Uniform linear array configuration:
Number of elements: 48
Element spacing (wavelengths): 0.5
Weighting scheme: kaiser
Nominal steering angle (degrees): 0
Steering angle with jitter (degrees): -0.9102
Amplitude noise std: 0.05
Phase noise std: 0.05

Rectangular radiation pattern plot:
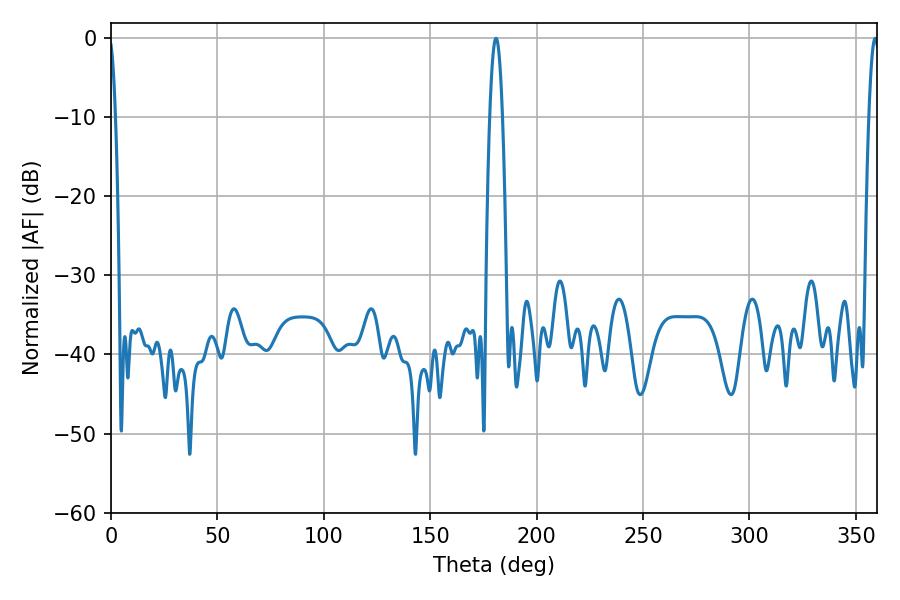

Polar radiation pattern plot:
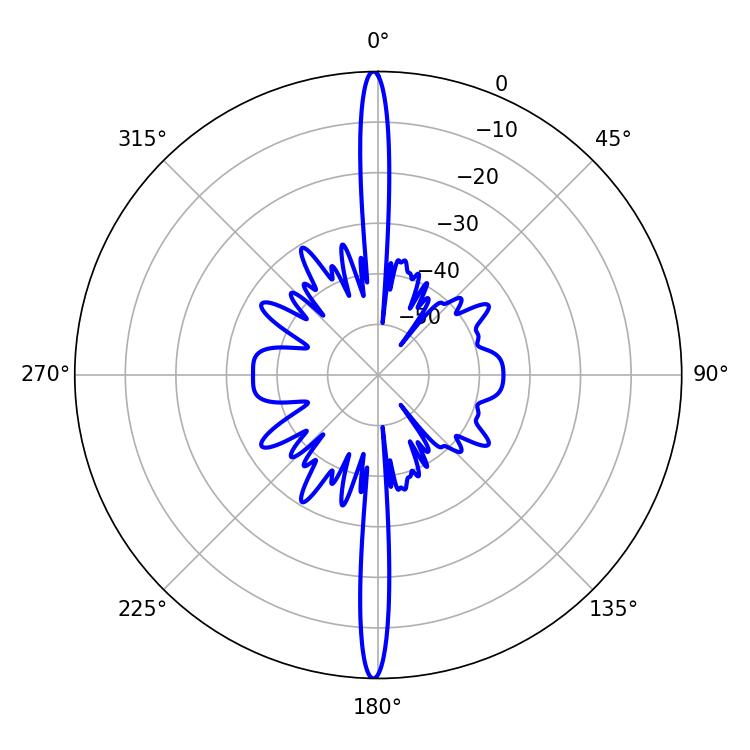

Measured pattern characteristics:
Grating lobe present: FALSE
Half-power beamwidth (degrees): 3.24
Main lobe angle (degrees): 180.9